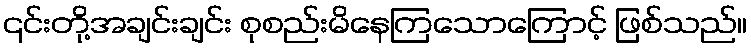
၎င်းတို့အချင်းချင်း စုစည်းမိနေကြသောကြောင့် ဖြစ်သည်။